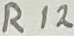
Text: R12